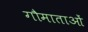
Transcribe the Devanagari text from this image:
गौमाताओं